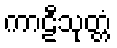
ကာဠီသုတ္တံ